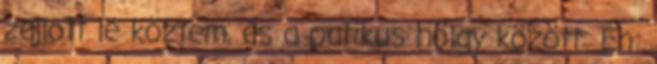
zajlott le köztem, és a patikus hölgy között: Én: